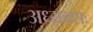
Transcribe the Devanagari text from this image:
अध्यक्श्ः